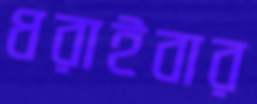
ধরাইবার